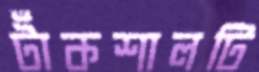
টাঁকশালটি